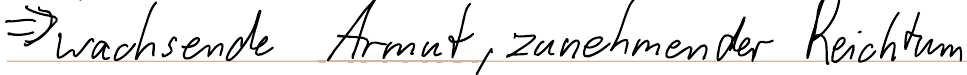
=> wachsende Armut, zunehmender Reichtum